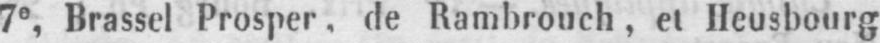
7e, Brassel Prosper. de Rambrouch, et Heusbourg